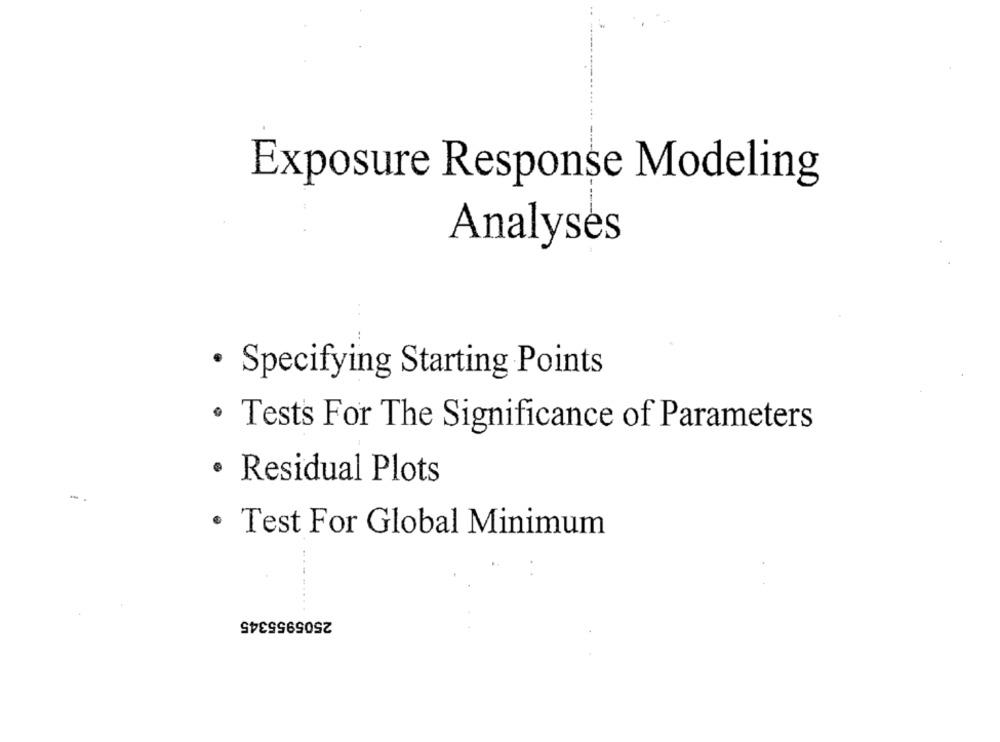
Exposure Response Modeling
Analysés
· Specifying Starting Points
· Tests For The Significance of Parameters
· Residual Plots
- .
· Test For Global Minimum
2505955345